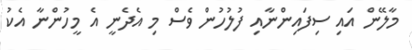
މާލޭން އައި ސިފައިންނާއި ފުލުހުން ވެސް މި އެދެނީ އެ މީހުންނާ އެކު